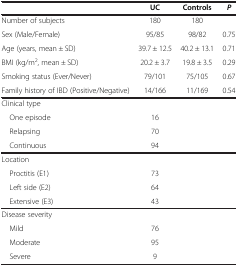
|  | UC | Controls | P |
 | --- | --- | --- | --- |
 | Number of subjects | 180 | 180 |  |
 | Sex (Male/Female) | 95/85 | 98/82 | 0.75 |
 | Age (years, mean ± SD) | 39.7 ± 12.5 | 40.2 ± 13.1 | 0.71 |
 | BMI (kg/m2, mean ± SD) | 20.2 ± 3.7 | 19.8 ± 3.5 | 0.29 |
 | Smoking status (Ever/Never) | 79/101 | 75/105 | 0.67 |
 | Family history of IBD (Positive/Negative) | 14/166 | 11/169 | 0.54 |
 | Clinical type |  |  |  |
 | One episode | 16 |  |  |
 | Relapsing | 70 |  |  |
 | Continuous | 94 |  |  |
 | Location |  |  |  |
 | Proctitis (E1) | 73 |  |  |
 | Left side (E2) | 64 |  |  |
 | Extensive (E3) | 43 |  |  |
 | Disease severity |  |  |  |
 | Mild | 76 |  |  |
 | Moderate | 95 |  |  |
 | Severe | 9 |  |  |